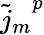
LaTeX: {\tilde{j}_{m}}^{p}